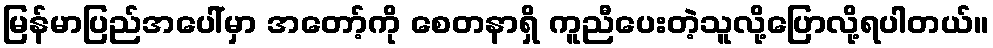
မြန်မာပြည်အပေါ်မှာ အတော့်ကို စေတနာရှိ ကူညီပေးတဲ့သူလို့ပြောလို့ရပါတယ်။